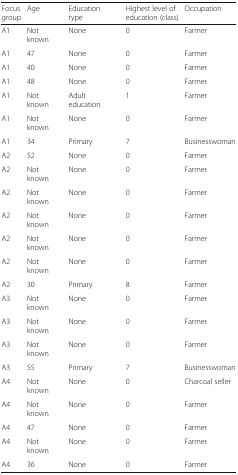
<table><thead><tr><td><b>Focus group</b></td><td><b>Age</b></td><td><b>Education type</b></td><td><b>Highest level of education (class)</b></td><td><b>Occupation</b></td></tr></thead><tbody><tr><td>A1</td><td>Not known</td><td>None</td><td>0</td><td>Farmer</td></tr><tr><td>A1</td><td>47</td><td>None</td><td>0</td><td>Farmer</td></tr><tr><td>A1</td><td>40</td><td>None</td><td>0</td><td>Farmer</td></tr><tr><td>A1</td><td>48</td><td>None</td><td>0</td><td>Farmer</td></tr><tr><td>A1</td><td>Not known</td><td>Adult education</td><td>1</td><td>Farmer</td></tr><tr><td>A1</td><td>Not known</td><td>None</td><td>0</td><td>Farmer</td></tr><tr><td>A1</td><td>34</td><td>Primary</td><td>7</td><td>Businesswoman</td></tr><tr><td>A2</td><td>52</td><td>None</td><td>0</td><td>Farmer</td></tr><tr><td>A2</td><td>Not known</td><td>None</td><td>0</td><td>Farmer</td></tr><tr><td>A2</td><td>Not known</td><td>None</td><td>0</td><td>Farmer</td></tr><tr><td>A2</td><td>Not known</td><td>None</td><td>0</td><td>Farmer</td></tr><tr><td>A2</td><td>Not known</td><td>None</td><td>0</td><td>Farmer</td></tr><tr><td>A2</td><td>Not known</td><td>None</td><td>0</td><td>Farmer</td></tr><tr><td>A2</td><td>30</td><td>Primary</td><td>8</td><td>Farmer</td></tr><tr><td>A3</td><td>Not known</td><td>None</td><td>0</td><td>Farmer</td></tr><tr><td>A3</td><td>Not known</td><td>None</td><td>0</td><td>Farmer</td></tr><tr><td>A3</td><td>Not known</td><td>None</td><td>0</td><td>Farmer</td></tr><tr><td>A3</td><td>55</td><td>Primary</td><td>7</td><td>Businesswoman</td></tr><tr><td>A4</td><td>Not known</td><td>None</td><td>0</td><td>Charcoal seller</td></tr><tr><td>A4</td><td>Not known</td><td>None</td><td>0</td><td>Farmer</td></tr><tr><td>A4</td><td>47</td><td>None</td><td>0</td><td>Farmer</td></tr><tr><td>A4</td><td>Not known</td><td>None</td><td>0</td><td>Farmer</td></tr><tr><td>A4</td><td>36</td><td>None</td><td>0</td><td>Farmer</td></tr></tbody></table>